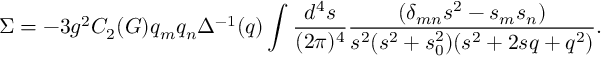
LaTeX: \Sigma = - 3 g ^ { 2 } C _ { 2 } ( G ) q _ { m } q _ { n } \Delta ^ { - 1 } ( q ) \int \frac { d ^ { 4 } s } { ( 2 \pi ) ^ { 4 } } \frac { ( \delta _ { m n } s ^ { 2 } - s _ { m } s _ { n } ) } { s ^ { 2 } ( s ^ { 2 } + s _ { 0 } ^ { 2 } ) ( s ^ { 2 } + 2 s q + q ^ { 2 } ) } .